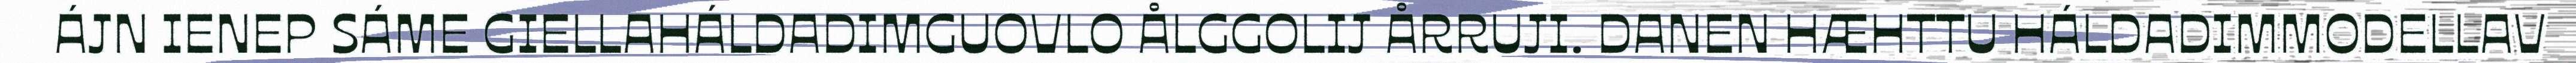
ÁJN IENEP SÁME GIELLAHÁLDADIMGUOVLO ÅLGGOLIJ ÅRRUJI. DANEN HÆHTTU HÁLDADIMMODELLAV